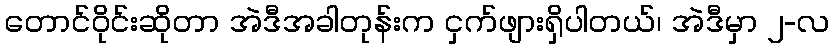
တောင်ဝိုင်းဆိုတာ အဲဒီအခါတုန်းက ငှက်ဖျားရှိပါတယ်၊ အဲဒီမှာ ၂-လ